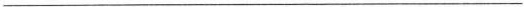
___